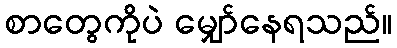
စာတွေကိုပဲ မျှော်နေရသည်။